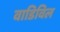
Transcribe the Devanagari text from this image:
वाडिविल